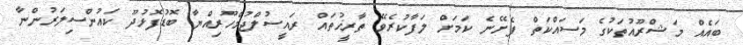
ބައެއް މަޝްރޫއުތަކުގެ މަސައްކަތް ފެށޭނެ ކަމަށް ލަފާކުރެވޭ ތާރީޚުތައް ރައީސުލްޖުމްހޫރިއްޔާ ބޮޑުފޮޅުދޫ ކައުންސިލަރުންނާ